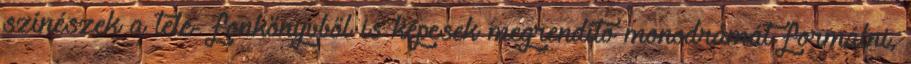
színészek a tele- fonkönyvből is képesek megrendítő monodrámát formálni,